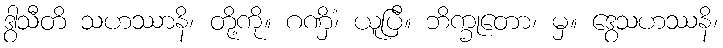
ဒွါသီတိ သဟဿာနိ၊ တို့ကို။ ဂဏှိံ၊ ယူပြီ။ ဘိက္ခုတော၊ မှ။ ဒွေသဟဿနိ၊